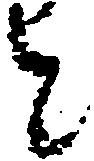
と